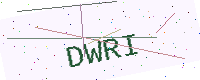
Text: DWRI